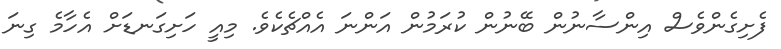
ފެށިގެންވެސް އިންސާނުން ބޭނުން ކުރަމުން އަންނަ އެއްޗެކެވެ. މިއީ ހަށިގަނޑަށް އެހާމެ ގިނަ